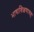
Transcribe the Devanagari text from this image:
भाषाशिक्षणासह